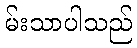
မ်းသာပါသည်